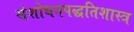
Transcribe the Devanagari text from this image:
संशोधनपद्धतिशास्त्र